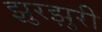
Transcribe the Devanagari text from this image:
झुरझुरी